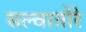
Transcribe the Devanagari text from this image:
सल्वातोरे